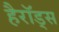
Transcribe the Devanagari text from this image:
हैरॉड्स